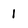
Character: 1